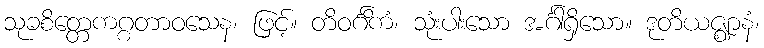
သုခစိတ္တေကဂ္ဂတာဝသေန၊ ဖြင့်။ တိဝင်္ဂိကံ၊ သုံးပါးသော အင်္ဂါရှိသော။ ဒုတိယဇ္ဈာနံ၊